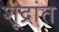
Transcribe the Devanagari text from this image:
शूद्रांत